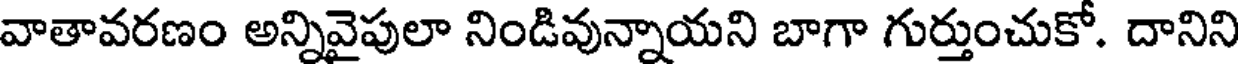
వాతావరణం అన్నివైపులా నిండివున్నాయని బాగా గుర్తుంచుకో. దానిని